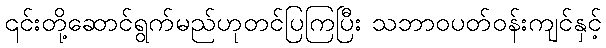
၎င်းတို့ဆောင်ရွက်မည်ဟုတင်ပြကြပြီး သဘာဝပတ်ဝန်းကျင်နှင့်